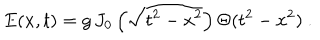
LaTeX: E ( x , t ) = g \, J _ { 0 } \left( \sqrt { t ^ { 2 } - x ^ { 2 } } \right) \Theta ( t ^ { 2 } - x ^ { 2 } ) \ .